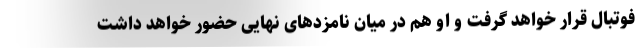
فوتبال قرار خواهد گرفت و او هم در میان نامزدهای نهایی حضور خواهد داشت